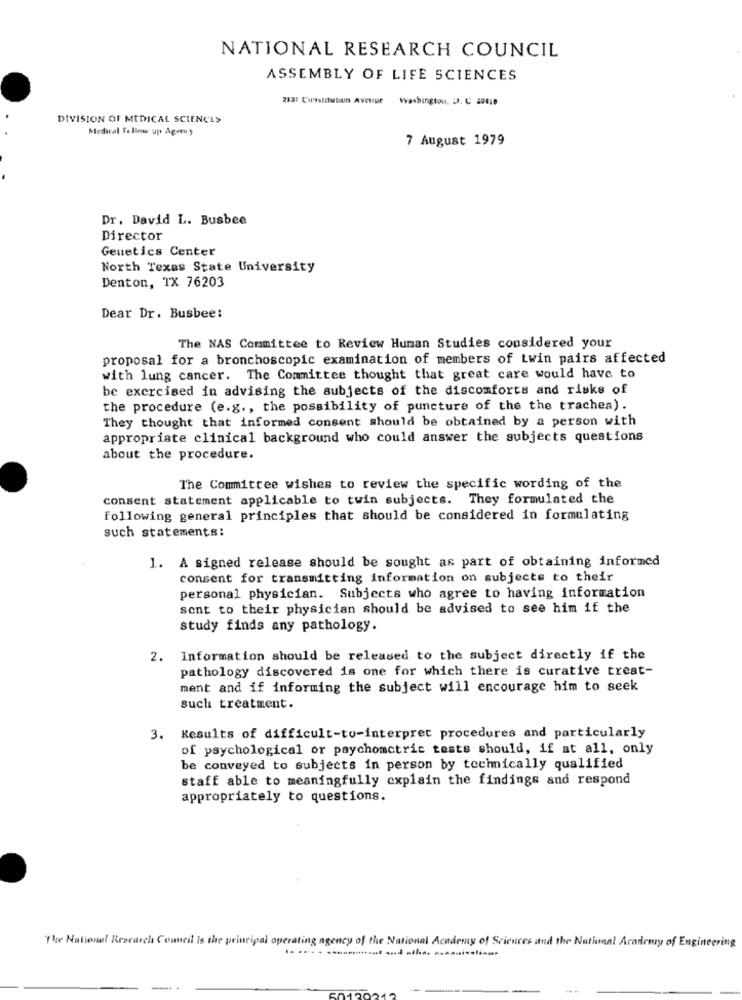
NATIONAL RESEARCH COUNCIL
ASSEMBLY OF LIFE SCIENCES
2331 Constitubun Avenue
Washington, D. C 20019
DIVISION OF MEDICAL SCIENCES
Medical Follow up Apmy
7 August 1979
Dr. David L. Busbee
Director
Genetics Center
North Texas State University
Denton, TX 76203
Dear Dr. Busbee:
The NAS Committee to Review Human Studies considered your
proposal for a bronchoscopic examination of members of twin pairs affected
with lung cancer. The Committee thought that great care would have to
be exercised in advising the subjects of the discomforts and risks of
the procedure (e.g ., the possibility of puncture of the the trachea).
They thought that informed consent should be obtained by a person with
appropriate clinical background who could answer the subjects questions
about the procedure.
The Committee wishes to review the specific wording of the
consent statement applicable to twin subjects. They formulated the
Following general principles that should be considered in formulating
such statements:
1. A signed release should be sought as part of obtaining informed
consent for transmitting information on subjects to their
personal physician. Subjects who agree to having information
sent to their physician should be advised to see him if the
study finds any pathology.
2. Information should be released to the subject directly if the
pathology discovered is one for which there is curative treat-
ment and if informing the subject will encourage him to seek
such treatment.
3. Kesults of difficult-to-interpret procedures and particularly
of psychological or psychometric tests should, if at all, only
be conveyed to subjects in person by technically qualified
staff able to meaningfully explain the findings and respond
appropriately to questions.
The National Research Council is the principal operating agency of the National Academy of Sciences and the National Academy of Engineering
--